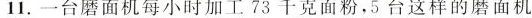
11.一台磨面机每小时加工73千克面粉，5台这样的磨面机